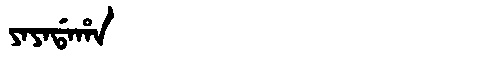
Manchu: ᠶᠠᠶᠠᡩᠠᡥᠠ
Romanization: YAYADAHA